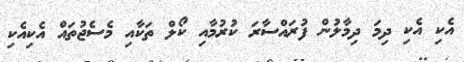
އެކި އެކި ދިމަ ދިމާލުން ފުރައްސާރަ ކުރުމާއި ކޯލް ތަކާއި މެސެޖުތައް އެކިއެކި